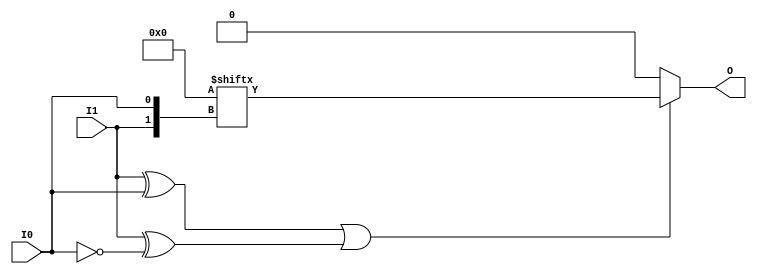
module LUT2 (O, I0, I1);

    parameter INIT = 4'h0;

    input I0, I1;

    output O;

    reg  O;
    wire [1:0] s;

    assign s = {I1, I0};

    always @(s)
       if ((s[1]^s[0] ==1) || (s[1]^s[0] ==0))
           O = INIT[s];
         else if ((INIT[0] == INIT[1]) && (INIT[2] == INIT[3]) && (INIT[0] == INIT[2])) 
           O = INIT[0];
         else if ((s[1] == 0) && (INIT[0] == INIT[1]))
           O = INIT[0];
         else if ((s[1] == 1) && (INIT[2] == INIT[3])) 
           O = INIT[2];
         else if ((s[0] == 0) && (INIT[0] == INIT[2])) 
           O = INIT[0];
         else if ((s[0] == 1) && (INIT[1] == INIT[3]))
           O = INIT[1];
         else
           O = 1'bx;
endmodule